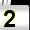
Digit: 2